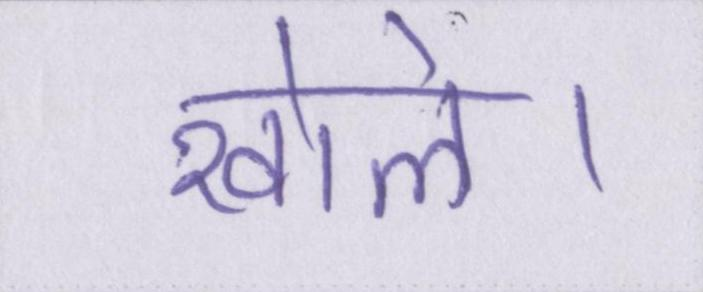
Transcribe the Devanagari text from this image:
खोले।